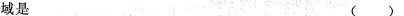
域是 ( )